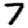
Digit: 7